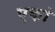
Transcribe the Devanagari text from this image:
एकां